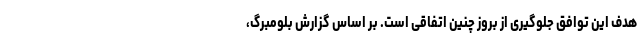
هدف این توافق جلوگیری از بروز چنین اتفاقی است. بر اساس گزارش بلومبرگ،